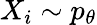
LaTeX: X_{i}\sim p_{\theta}